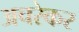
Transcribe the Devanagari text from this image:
अचरेकर